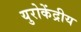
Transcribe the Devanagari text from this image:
युरोकेंद्रीय